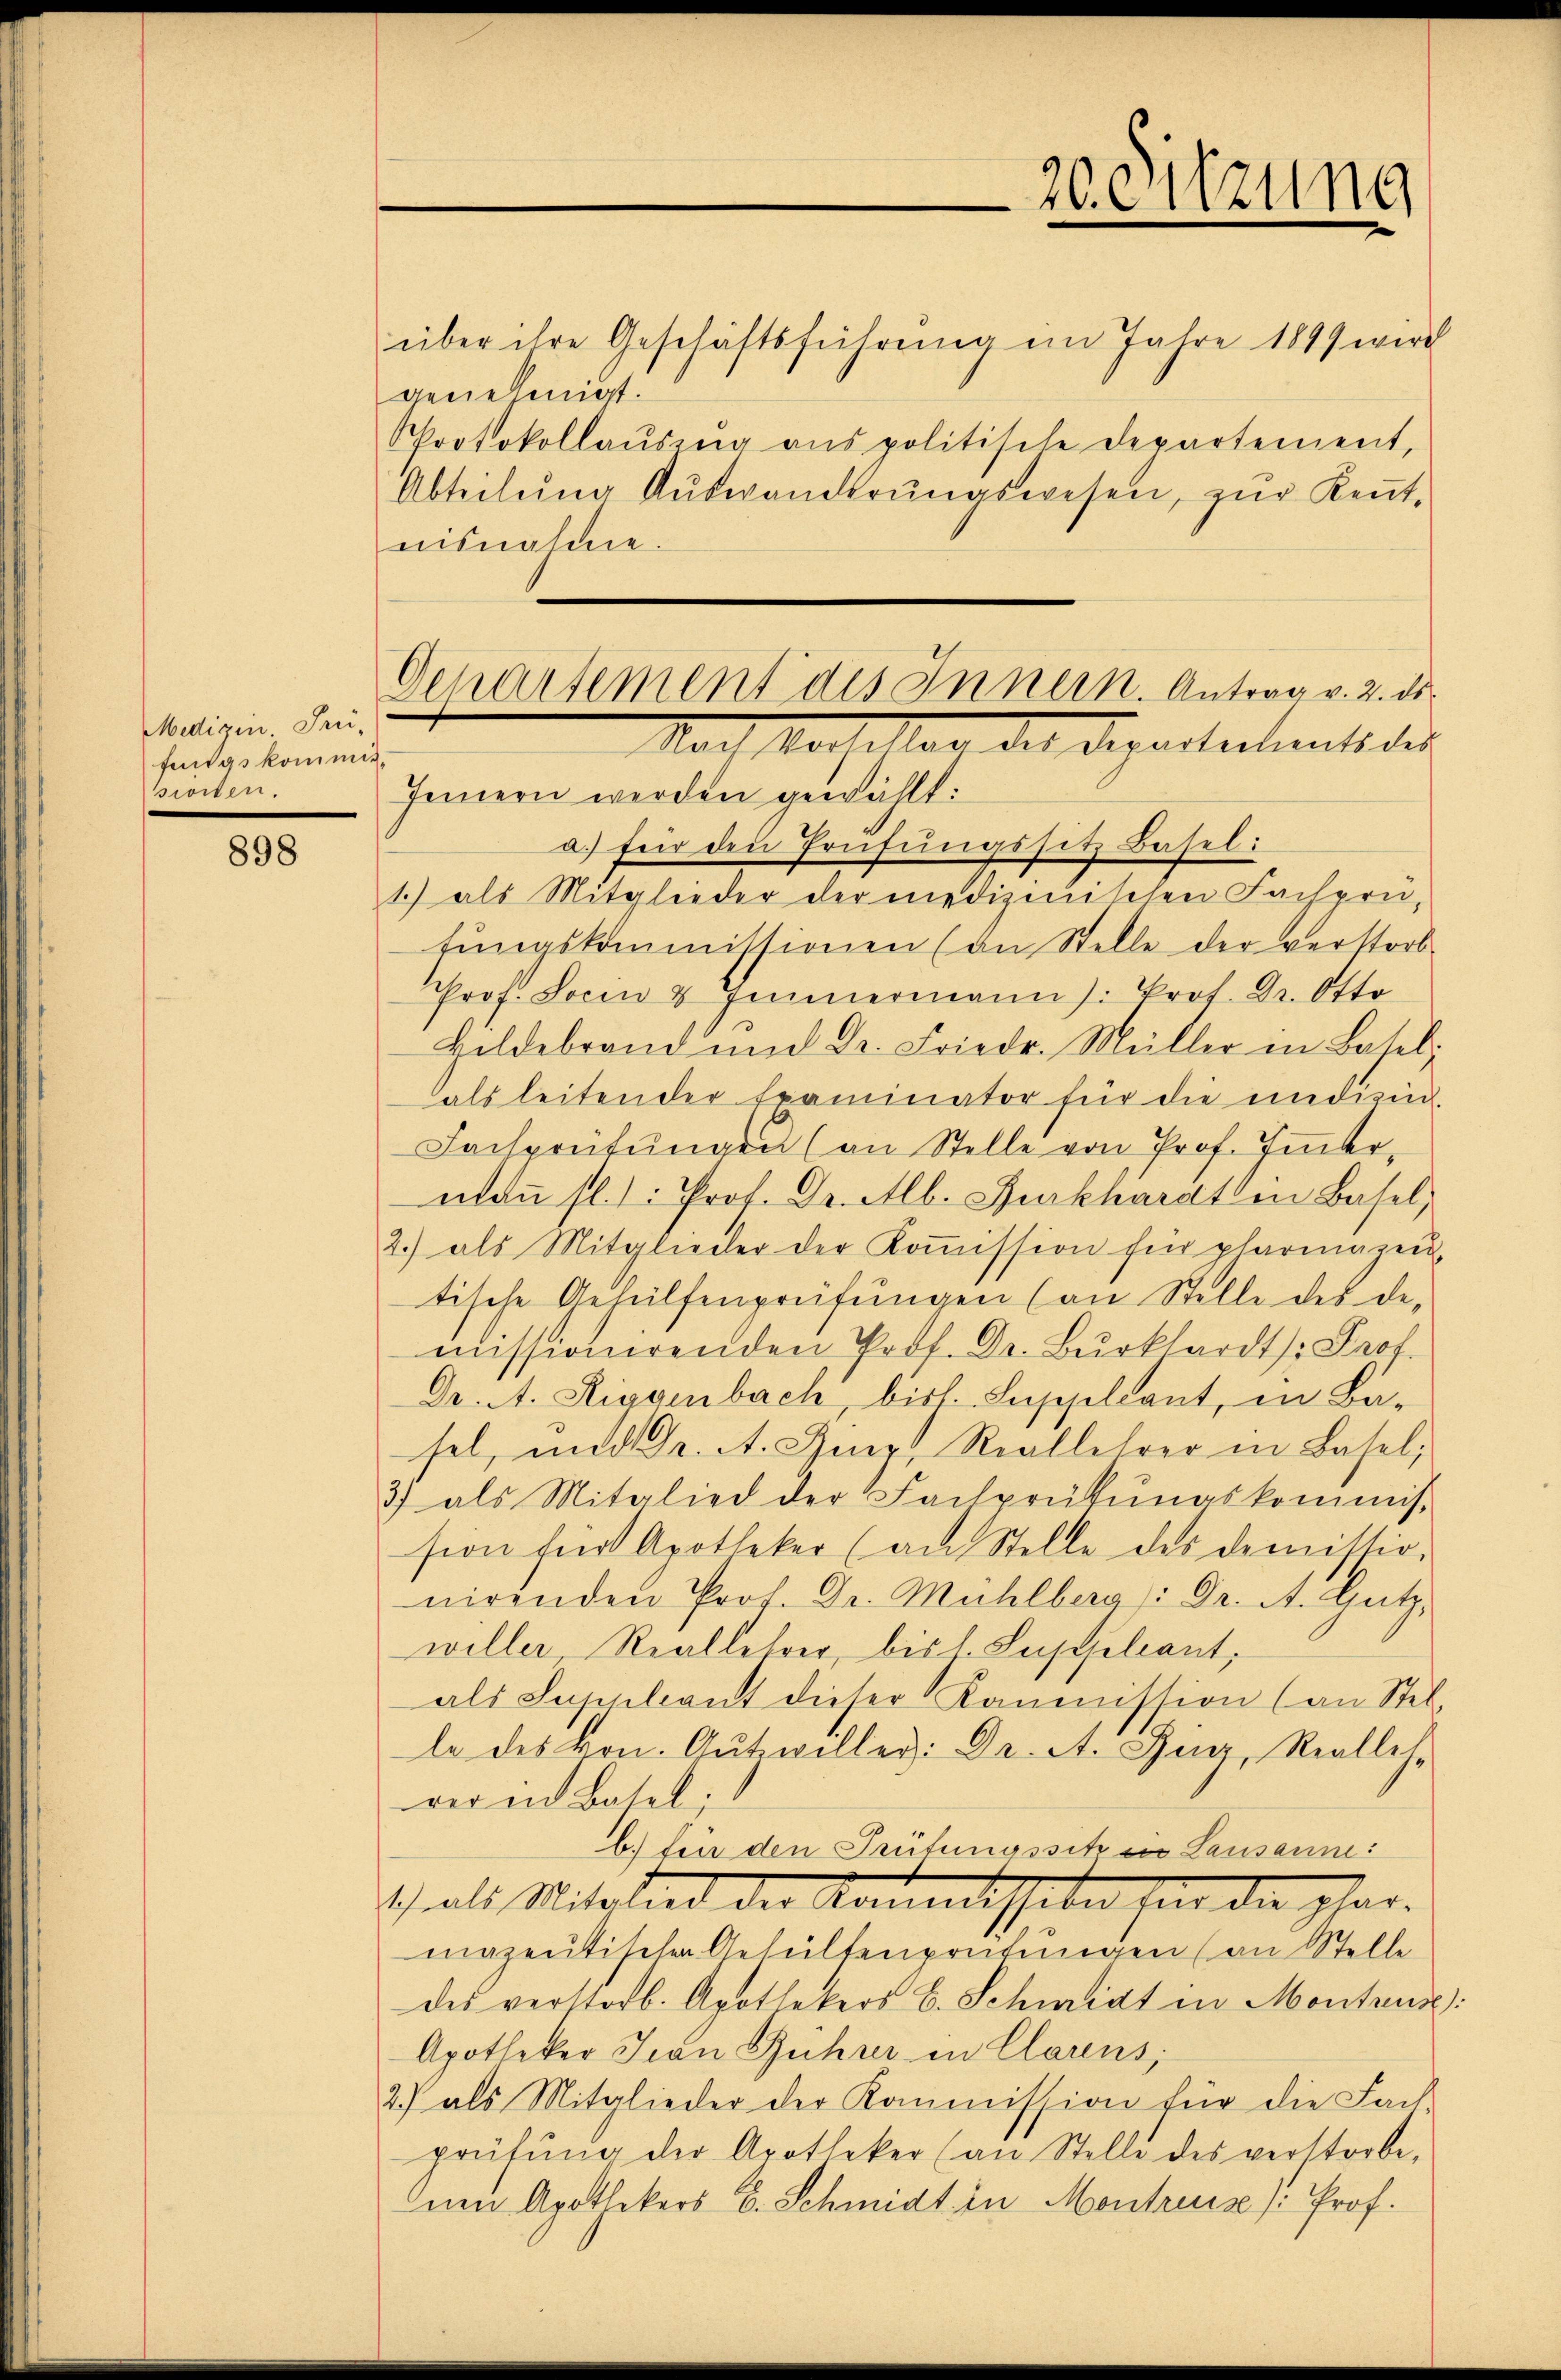
Medizin. Frei-
fings kommig.
sioiten.

898

Departement des Innern. Antrag v. 2. ds.
Nach Vorfallen des Departemento des

über ihre Geschäftsführung im Jahre 1899 wird
genehmigt.
Protokollauszug aus politische Departement,
Abteilŭng Aŭswandtrŭngswesen, zŭr Keṅt-
nisnahme.
Innnern werden gewählt:
a.) für den Prüfungssitz Basel:
1.) als Mitglieder der medizinischen Fachprü-
fŭngskommissionen (an Stelle der verstorb
Prof. Socin & Immermann): Prot. Dr. Otto
Bildebrand und Dr. Friedr. Müller in Basel,
dals leitender Examinator für die indizin.
Fachprüfŭngen (an Stelle von Prof. Immer,
maṅ fl. 1: Prof. Dr. Alb. Burkhardt in Basel,
2.) als Mitglieder der Koṁission für pharmagen,
tische Gehülfenprüfŭngen (an Stelle des de-
missionirenden Prof. Dr. Bŭrkhardt /: Prof.
Dr. A. Rigaibach bist. Suppellant, in Ba-
sel, und Dr. A. Iner Reallehrer in Basel,
3) als Mitglied der Fachprükŭngskommis-
sion für Apotheker (an Stelle des demistio-
nirenden Prof. Dr. Mühlberg: Dr. A. Gutz,
willer, Reallehrer, bis 1. Lepellant,
als Suppleant dieser Kommission (an Stel-
le des Hrn. Aŭtzwiller: Dr. A. Zug, Realles-
rer in Basel:
b.) fin den Trifungssitz ein Lausanne:
.), als Mitglied der Kommission hier die plar
mazentischen Gehülfenprüfungen (an Stelle
des verstorb. Apothekers E. Schmidt in Montreuse.
Apotheker Jean Rührer in Clarens,
2.) als Mitglieder der Kommission für die Fach
prüfŭng der Apotheker (an Stelle des verstorbe-
nen Apothekers E. Schmidt in Montres /: Prof.

20. Sitzung